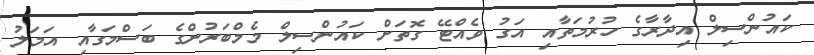
ކައުންސިލް އިދާރާގެ ހުރުމަތާއި އަގު ވެއްޓޭ ގޮތަށް ކައުންސިލް މެމްބަރުންގެ ބަސްމަގާއި އަމަލު